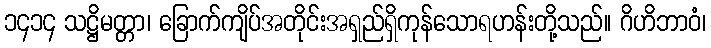
၁၄၁၄ သဋ္ဌိမတ္တာ၊ ခြောက်ကျိပ်အတိုင်းအရှည်ရှိကုန်သောရဟန်းတို့သည်။ ဂိဟိဘာဝံ၊